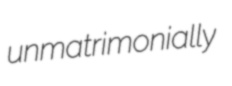
unmatrimonially